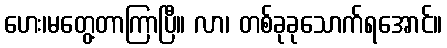
ဟေး၊မတွေ့တာကြာပြီ။ လာ၊ တစ်ခုခုသောက်ရအောင်။